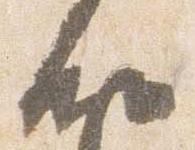
納